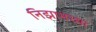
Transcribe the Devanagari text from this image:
निझामच्या